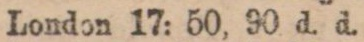
London 17: 50, 90 d. d.